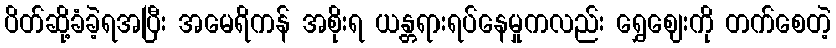
ပိတ်ဆို့ခံခဲ့ရအပြီး အမေရိကန် အစိုးရ ယန္တရားရပ်နေမှုကလည်း ရွှေဈေးကို တက်စေတဲ့